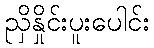
ညှိနှိုင်းပူးပေါင်း